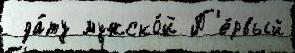
 да́ту мужско́й П'е́рвый